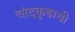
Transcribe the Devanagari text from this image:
चांदकुडाची